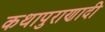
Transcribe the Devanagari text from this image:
कथापुराणादी